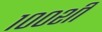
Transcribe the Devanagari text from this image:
१००शी